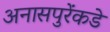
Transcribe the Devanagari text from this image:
अनासपुरेंकडे